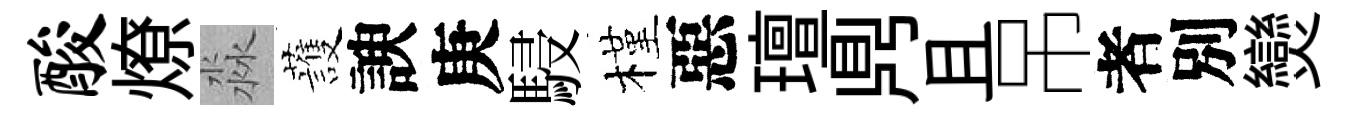
酸燎淼䕶諛庚駸槿惡璮𪔂且吊者別𤓖